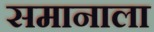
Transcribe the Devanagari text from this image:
समानाला